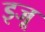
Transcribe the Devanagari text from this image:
इजू